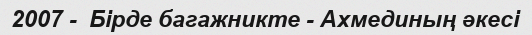
2007 -  Бірде багажникте - Ахмединың әкесі